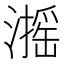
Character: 𱩋